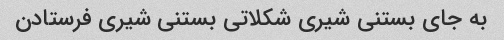
به جای بستنی شیری شکلاتی بستنی شیری فرستادن